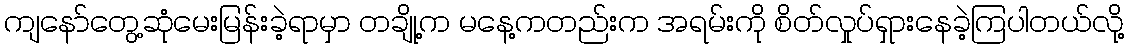
ကျနော်တွေ့ဆုံမေးမြန်းခဲ့ရာမှာ တချို့က မနေ့ကတည်းက အရမ်းကို စိတ်လှုပ်ရှားနေခဲ့ကြပါတယ်လို့